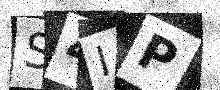
Text: S4IP